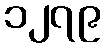
၁၂၇၉